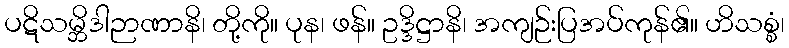
ပဋိသမ္ဘိဒါဉာဏာနိ၊ တို့ကို။ ပုန၊ ဖန်။ ဥဒ္ဒိဋ္ဌာနိ၊ အကျဉ်းပြအပ်ကုန်၏။ ဟိသစ္စံ၊